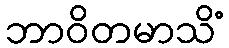
ဘာဝိတမာသိံ